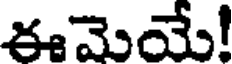
ఈమెయే!